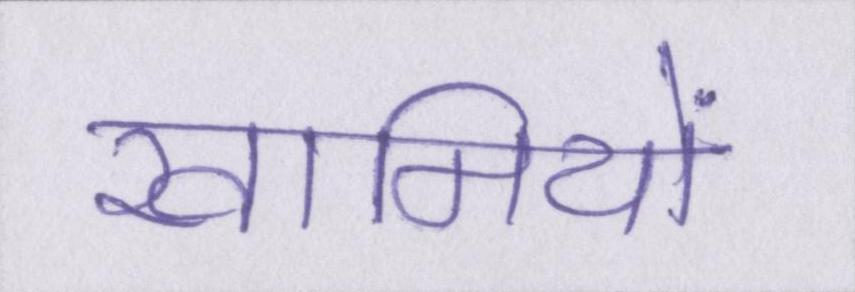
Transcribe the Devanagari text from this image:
खामियों